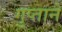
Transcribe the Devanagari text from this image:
गुप्ताने